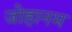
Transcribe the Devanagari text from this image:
जोहानम